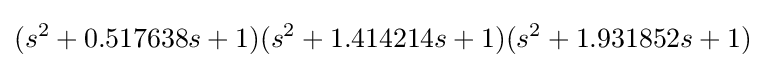
(s^{2}+0.517638s+1)(s^{2}+1.414214s+1)(s^{2}+1.931852s+1)